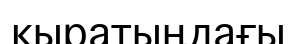
қыратыңдағы